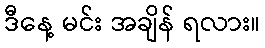
ဒီနေ့ မင်း အချိန် ရလား။